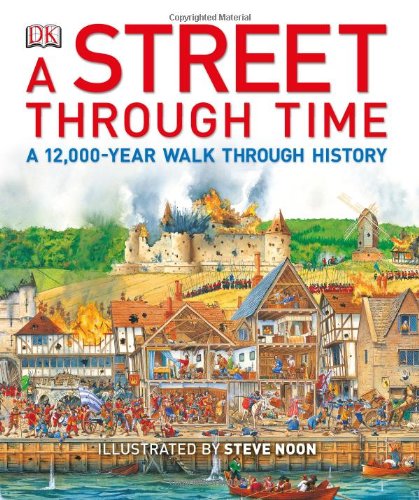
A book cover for A Street Through Time; Anne Millard; Children's Books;